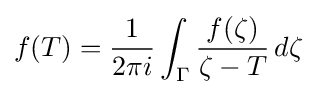
f(T)={\frac {1}{2\pi i}}\int \nolimits _{\Gamma }{\frac {f(\zeta )}{\zeta -T}}\,d\zeta